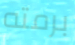
برمته